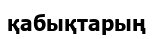
қабықтарың